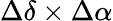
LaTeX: \Delta\delta\times\Delta\alpha